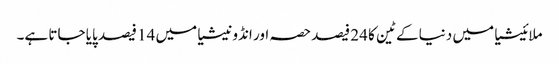
ملائیشیا میں دنیا کے ٹین کا 24 فیصد حصہ اور انڈونیشیا میں 14 فیصد پایا جاتا ہے۔